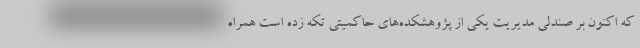
که اکنون بر صندلی مدیریت یکی از پژوهشکده‌های حاکمیتی تکه زده است همراه